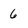
Character: 6